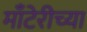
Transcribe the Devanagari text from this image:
माँटेरीच्या